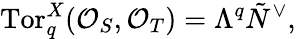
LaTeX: \mathrm{Tor}_{q}^{X}({\cal O}_{S},{\cal O}_{T})=\Lambda^{q}\tilde{N}^{\vee},